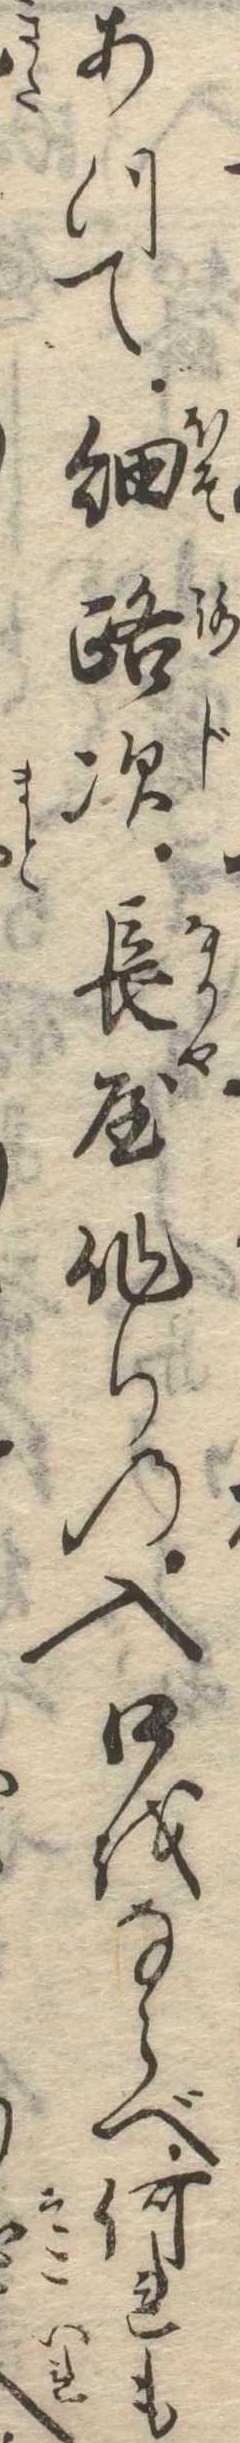
あつて細路次長屋作りの入口をならべ何れも